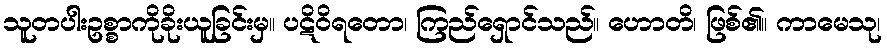
သူတပါးဥစ္စာကိုခိုးယူခြင်းမှ။ ပဋိဝိရတော၊ ကြည်ရှောင်သည်။ ဟောတိ၊ ဖြစ်၏။ ကာမေသု၊